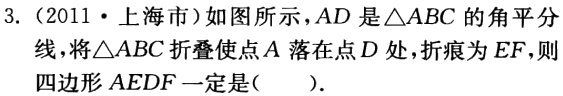
3.（2011·上海市）如图所示，$AD$是$\triangle ABC$的角平分线，将$\triangle ABC$折叠使点$A$落在点$D$处，折痕为$EF$，则四边形$AEDF$一定是(  ).